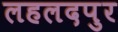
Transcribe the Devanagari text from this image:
लहलदपुर